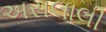
અસલાલી